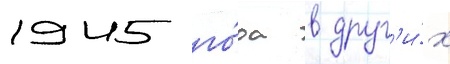
1945 го́да в друг'и́х